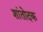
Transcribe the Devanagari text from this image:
शांतोदक